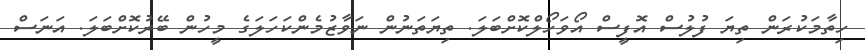
ހިތާމަކުރަން ތިޔަ ފުލުސް އޮފީސް އޯވަހޯލްކޮށްބަލަ. ތިޔަތަނުން ނަވާޒުމެންކަހަލަގެ މީހުން ބޭރުކޮށްބަލަ. އަނަސް